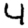
Digit: 4